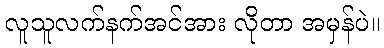
လူသူလက်နက်အင်အား လိုတာ အမှန်ပဲ။